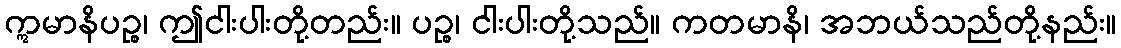
ဣမာနိပဉ္စ၊ ဤငါးပါးတို့တည်း။ ပဉ္စ၊ ငါးပါးတို့သည်။ ကတမာနိ၊ အဘယ်သည်တို့နည်း။